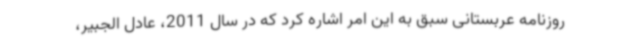
روزنامه عربستانی سبق به این امر اشاره کرد که در سال 2011، عادل الجبیر،